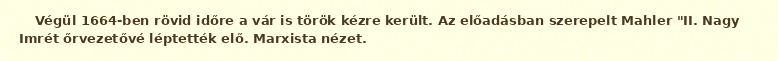
Végül 1664-ben rövid időre a vár is török kézre került. Az előadásban szerepelt Mahler "II. Nagy Imrét őrvezetővé léptették elő. Marxista nézet.